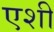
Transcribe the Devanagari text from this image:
एशी